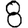
Digit: 8